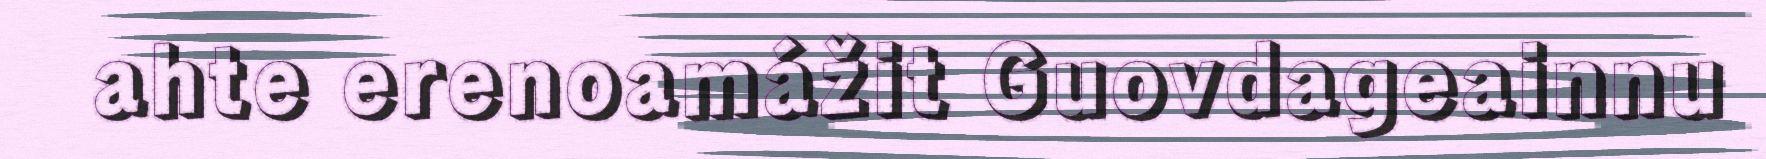
ahte erenoamážit Guovdageainnu